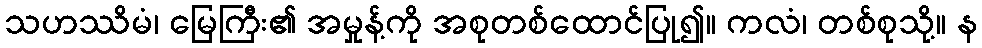
သဟဿိမံ၊ မြေကြီး၏ အမှုန့်ကို အစုတစ်ထောင်ပြု၍။ ကလံ၊ တစ်စုသို့။ န